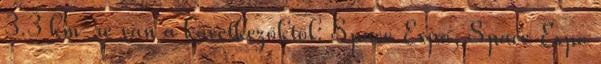
3.3 km-re van a következőktől: Space Expo, Space Expo